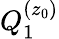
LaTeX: Q_{1}^{(z_{0})}